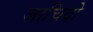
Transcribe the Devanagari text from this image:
जाचिदो